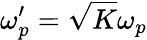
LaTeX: \omega_{p}^{\prime}=\sqrt{K}\omega_{p}